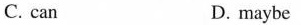
C. can D. maybe